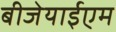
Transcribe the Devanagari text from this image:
बीजेयाईएम